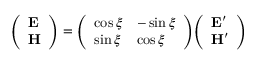
{ \left( \begin{array} { l } { \mathbf { E } } \\ { \mathbf { H } } \end{array} \right) } = { \left( \begin{array} { l l } { \cos \xi } & { - \sin \xi } \\ { \sin \xi } & { \cos \xi } \end{array} \right) } { \left( \begin{array} { l } { \mathbf { E ^ { \prime } } } \\ { \mathbf { H ^ { \prime } } } \end{array} \right) }